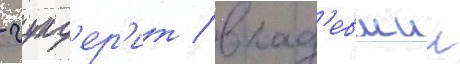
- гунд'ер'ит / влад'евшии